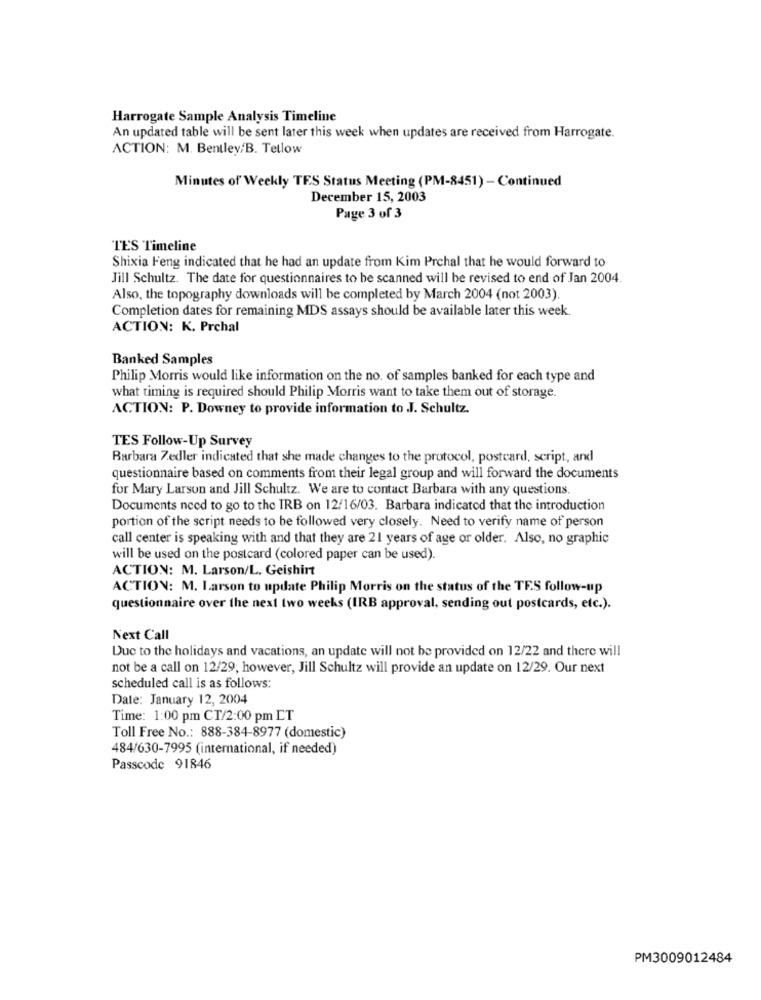
Harrogate Sample Analysis Timeline
An updated table will be sent later this week when updates are received from Harrogate.
ACTION: M. Bentley/B. Tetlow
Minutes of Weekly TES Status Meeting (PM-8451) - Continued
December 15, 2003
Page 3 of 3
TES Timeline
Shixia Feng indicated that he had an update from Kim Prchal that he would forward to
Jill Schultz. The date for questionnaires to be scanned will be revised to end of Jan 2004.
Also, the topography downloads will be completed by March 2004 (not 2003).
Completion dates for remaining MDS assays should be available later this week.
ACTION: K. Prchal
Banked Samples
Philip Morris would like information on the no. of samples banked for each type and
what timing is required should Philip Morris want to take them out of storage.
ACTION: P. Downey to provide information to J. Schultz.
TES Follow-Up Survey
Barbara Z.edler indicated that she made changes to the protocol, postcard, script, and
questionnaire based on comments from their legal group and will forward the documents
for Mary Larson and Jill Schultz. We are to contact Barbara with any questions
Documents need to go to the IRB on 12/16/03. Barbara indicatod that the introduction
portion of the script needs to be followed very closely. Need to verify name of person
call center is speaking with and that they are 21 years of age or older. Also, no graphic
will be used on the postcard (colored paper can be used).
ACTION: M. Larson/L. Geishirt
ACTION: M. Larson to update Philip Morris on the status of the TES follow-up
questionnaire over the next two weeks (IRB approval, sending out postcards, etc.).
Next Call
Due to the holidays and vacations, an update will not be provided on 12/22 and there will
not be a call on 12/29, however, Jill Schultz will provide an update on 12/29. Our next
scheduled call is as follows:
Date: January 12, 2004
Time: 1:00 pm CT/2:00 pm LT
Toll Free No .: 888-384-8977 (domestic)
484/630-7995 (international, if needed)
Passcode 91846
PM3009012484